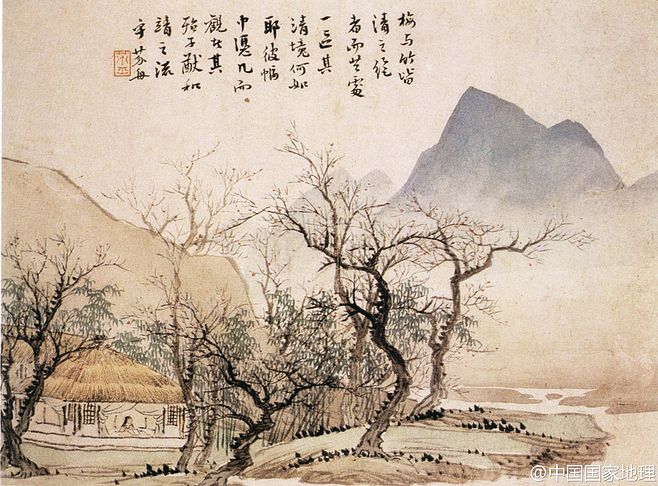
君自故乡来，应知故乡事。